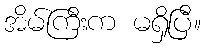
အိမ်ကြီးက မရှိပြီ။